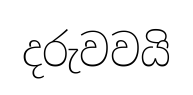
දරුවවයි